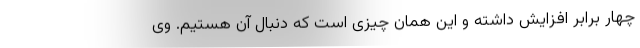
چهار برابر افزایش داشته و این همان چیزی است که دنبال آن هستیم. وی